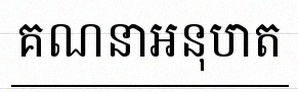
គណនាអនុបាត